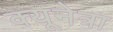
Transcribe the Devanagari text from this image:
क्यूनेत्रा